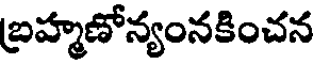
బ్రహ్మణోన్యంనకించన